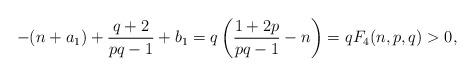
LaTeX: \begin{align*}-(n+a_1)+\frac{q+2}{pq-1}+b_1=q\left(\frac{1+2p}{pq-1}-n\right)=q F_4(n,p,q)>0,\end{align*}